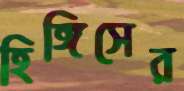
হিঙ্গিসের